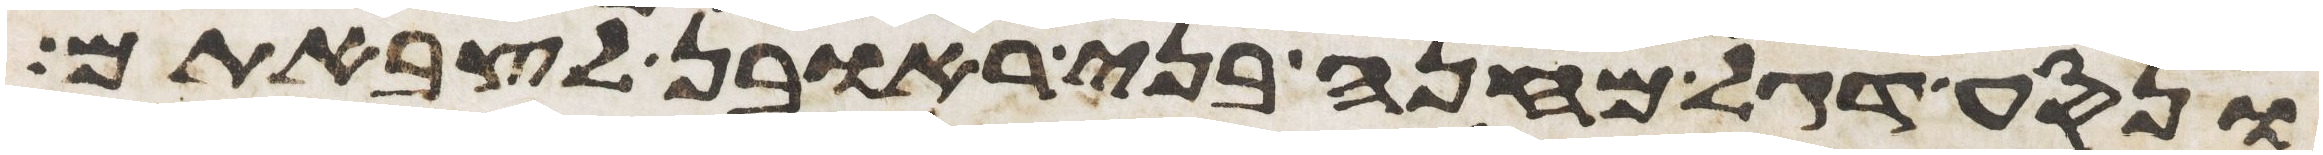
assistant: ונסע דגל מחנה בני ראובן לצבאתם